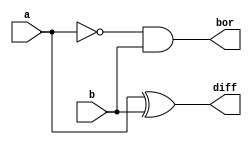
`timescale 1ns / 1ps
//////////////////////////////////////////////////////////////////////////////////
// Company: 
// Engineer: 
// 
// Design Name: 
// Module Name: half_subractor
// Project Name: 
// Target Devices: 
// Tool Versions: 
// Description: 
// 
// Dependencies: 
// 
// Revision:
// Revision 0.01 - File Created
// Additional Comments:
// 
//////////////////////////////////////////////////////////////////////////////////


module half_subractor(diff,bor,a,b);
input a,b;
output diff,bor;
wire an;
not(an,a);
xor(diff,a,b);
and(bor,an,b);
endmodule